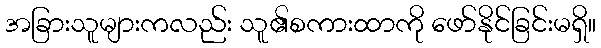
အခြားသူများကလည်း သူ၏စကားထာကို ဖော်နိုင်ခြင်းမရှိ။